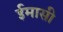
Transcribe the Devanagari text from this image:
ईमासी